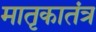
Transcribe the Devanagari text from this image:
मातृकातंत्र